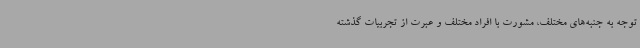
توجه به جنبه‌های مختلف، مشورت با افراد مختلف و عبرت از تجربیات گذشته